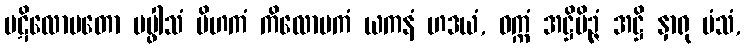
ပဋိလောမတော ပပ္ဖါသံ ပိဟကံ ကိလောမကံ ယကနံ ဟဒယံ, ဝက္ကံ အဋ္ဌိမိဉ္ဇံ အဋ္ဌိ နှာရု မံသံ,